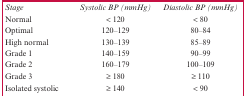
<table><thead><tr><td><b><i>Stage</i></b></td><td><b><i>Systolic BP (mmHg)</i></b></td><td><b><i>Diastolic BP (mmHg)</i></b></td></tr></thead><tbody><tr><td>Normal</td><td>&lt; 120</td><td>&lt; 80</td></tr><tr><td>Optimal</td><td>120–129</td><td>80–84</td></tr><tr><td>High normal</td><td>130–139</td><td>85–89</td></tr><tr><td>Grade 1</td><td>140–159</td><td>90–99</td></tr><tr><td>Grade 2</td><td>160–179</td><td>100–109</td></tr><tr><td>Grade 3</td><td>≥ 180</td><td>≥ 110</td></tr><tr><td>Isolated systolic</td><td>≥ 140</td><td>&lt; 90</td></tr></tbody></table>